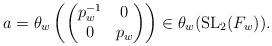
LaTeX: \begin{align*} a=\theta_w\left(\begin{pmatrix} p_w^{-1}&0\\0&p_w\end{pmatrix}\right)\in\theta_w(\operatorname{SL}_2(F_w)).\end{align*}